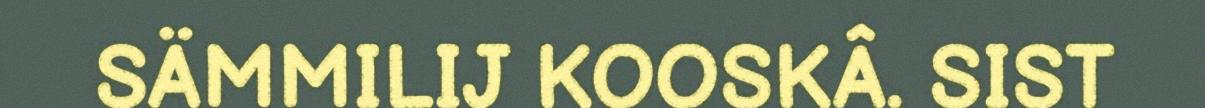
SÄMMILIJ KOOSKÂ. SIST